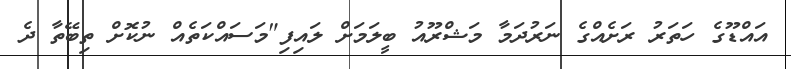
އައްޑޫގެ ހަތަރު ރަށެއްގެ ނަރުދަމާ މަޝްރޫއު ބީލަމަށް ލައިފި"މަސައްކަތެއް ނުކޮށް ތިބޭތާ ދެ